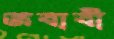
জবাবী